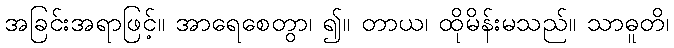
အခြင်းအရာဖြင့်။ အာရေစေတွာ၊ ၍။ တာယ၊ ထိုမိန်းမသည်။ သာဓူတိ၊